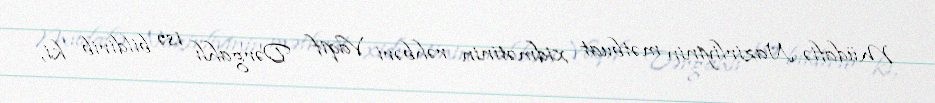
Müdafiə Nazirliyinin mətbuat xidmətinin rəhbəri Vaqif Dərgahlı isə bildirib ki,